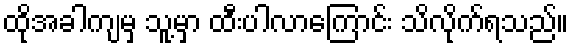
ထိုအခါကျမှ သူ့မှာ ထီးပါလာကြောင်း သိလိုက်ရသည်။